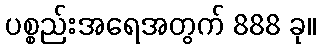
ပစ္စည်းအရေအတွက် 888 ခု။